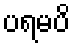
ပရမပိ